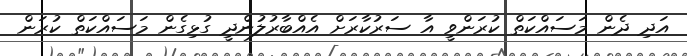
އަދި ދެން މަސައްކަތް ކުރަންވީ އާ ސަރުކާރަށް އެއްބާރުލުންދީ ގުޅިގެން މަސައްކަތް ކުރަން